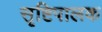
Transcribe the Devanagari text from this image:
सृष्टिपालक